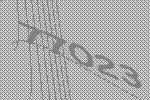
77023